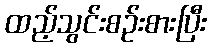
ထည့်သွင်းစဉ်းစားပြီး